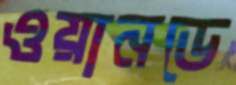
ওয়ানডে